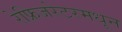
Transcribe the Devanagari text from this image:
रेफ्रिजरेटरमधून